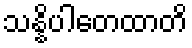
သန္နိပါတေထာတိ